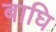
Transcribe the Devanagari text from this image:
बाघि